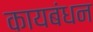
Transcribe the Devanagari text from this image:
कायबंधन